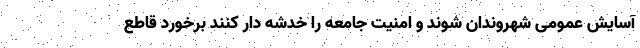
آسایش عمومی شهروندان شوند و امنیت جامعه را خدشه دار کنند برخورد قاطع